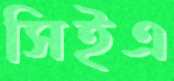
সিইএ